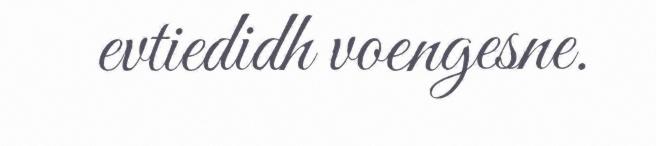
evtiedidh voengesne.